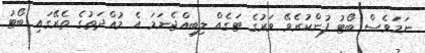
ނަމަވެސް ބޯޓު ފުންކުރެވޭ ވަރުގެ ޓަގެއް ލިބިއްޖެނަމަ އެ މުއްދަތުގެ ތެރޭގައި ބޯޓު